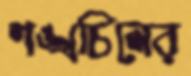
শঙ্খচিলের